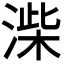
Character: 𭱨